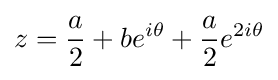
z={a \over 2}+be^{i\theta }+{a \over 2}e^{2i\theta }